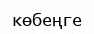
көбеңге